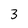
Character: 3